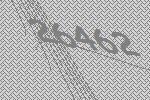
26462